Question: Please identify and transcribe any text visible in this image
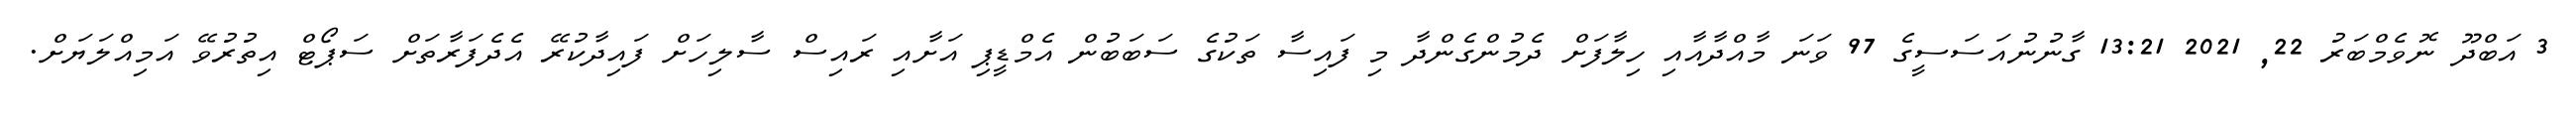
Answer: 3 އަބްދޫ ނޮވެމްބަރު 22, 2021 13:21 ގާނުނުއަސަސީގެ 97 ވަނަ މާއްދާއާއި ހިލާފަށް ދެމުންގެންދާ މި ފައިސާ ތަކުގެ ސަބަބުން އެމްޑީޕި އަށާއި ރައިސް ސާލިހަށް ފައިދާކުރޭ އެދެފަރާތަށް ސަޕޯޓް އިތުރުވޭ އަމިއްލަޔަށް.